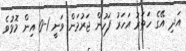
އަދި އޭގެ ހަތަރު އަހަރު ފަހުން ޖަރުމަން ވަނީ 1-0 އިން މޮޅުވެ